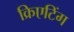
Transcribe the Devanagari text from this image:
क्रिएटिंग